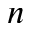
n